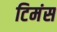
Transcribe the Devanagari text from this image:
टिमंस